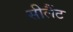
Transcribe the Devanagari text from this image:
सीलैंट